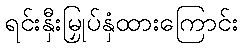
ရင်းနှီးမြှုပ်နှံထားကြောင်း